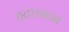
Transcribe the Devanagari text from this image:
हटलस्टन